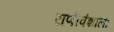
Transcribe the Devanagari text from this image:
राणीवंशाला